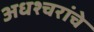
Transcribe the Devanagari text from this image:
अधश्चरांचे